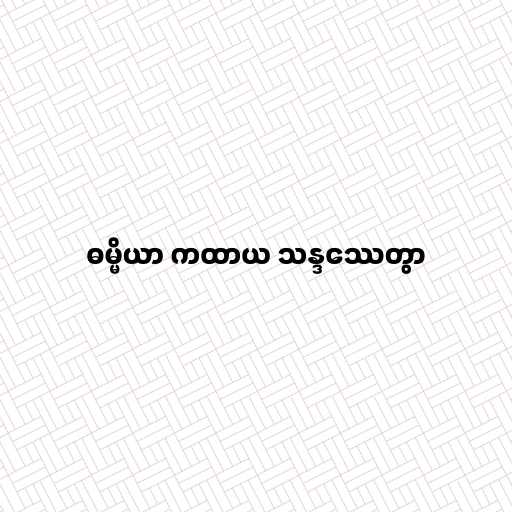
ဓမ္မိယာ ကထာယ သန္ဒဿေတွာ